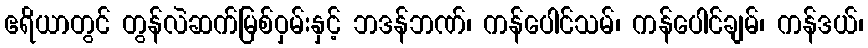
ဧရိယာတွင် တွန်လဲဆက်မြစ်ဝှမ်းနှင့် ဘဒန်ဘဏ်၊ ကန်ပေါင်သမ်၊ ကန်ပေါင်ချမ်၊ ကန်ဒယ်၊